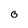
Character: O